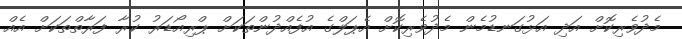
މެދުވެރިކޮށް އަދި އަޅުގަނޑުމެން މެދުވެރިކޮށް އެޕަލްގެ އުފެއްދުންތަކަށް ޕްރިއޯޑަރު ކުރާ ފަރާތްތަކަށް އެއް